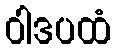
ဝါဒပထံ